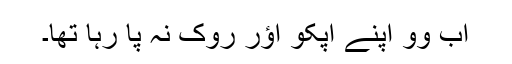
اَب وو اَپنے اَپکو اؤر روک نہِ پا رہا تھا۔